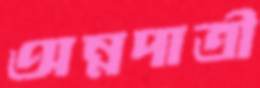
অন্নদাত্রী